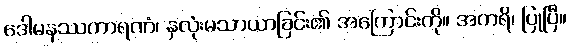
ဒေါမနဿကာရဏံ၊ နှလုံးမသာယာခြင်း၏ အကြောင်းကို။ အကရိ၊ ပြုပြီ။